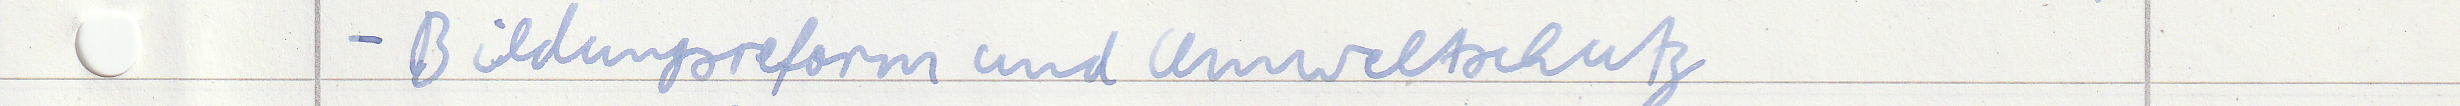
- BIldungsreform und Umweltschutz